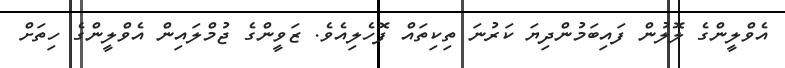
އެވްލީންގެ ލޮލުން ފައިބަމުންދިޔަ ކަރުނަ ތިކިތައް ފޮހެލިއެވެ. ޒަވީންގެ ޖުމްލައިން އެވްލީންގެ ހިތަށް